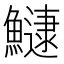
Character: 𬵯